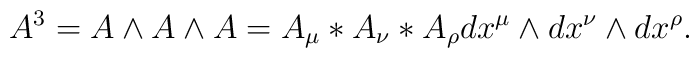
A^3=A\wedge A\wedge A=A_{\mu}*A_{\nu}*A_{\rho}dx^{\mu}\wedge dx^{\nu}\wedge dx^{\rho}.